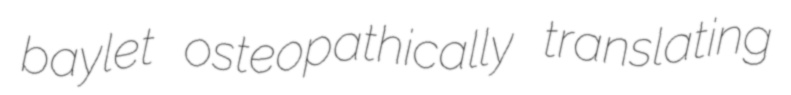
baylet osteopathically translating